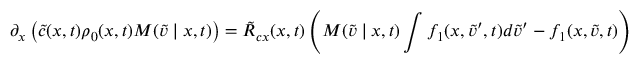
\partial _ { x } \left( \tilde { c } ( x , t ) \rho _ { 0 } ( x , t ) M ( \tilde { v } \mid x , t ) \right) = \tilde { R } _ { c x } ( x , t ) \left( M ( \tilde { v } \mid x , t ) \int f _ { 1 } ( x , \tilde { v } ^ { \prime } , t ) d \tilde { v } ^ { \prime } - f _ { 1 } ( x , \tilde { v } , t ) \right) .